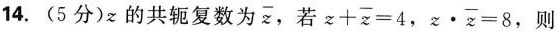
14.(5分)z的共轭复数为 \overline{z}，若 $$z + \overline { z } = 4$$ ， $$z \cdot \overline { z } = 8$$ ，则